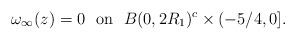
LaTeX: \begin{align*} \omega_{\infty}(z) =0 \ \ \textrm{on} \ \ B(0,2R_1)^c \times (-5/4,0]. \end{align*}